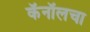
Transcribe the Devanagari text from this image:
कॅनॉलचा